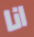
انا